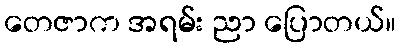
တေဇာက အရမ်း ညာ ပြောတယ်။